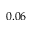
0 . 0 6